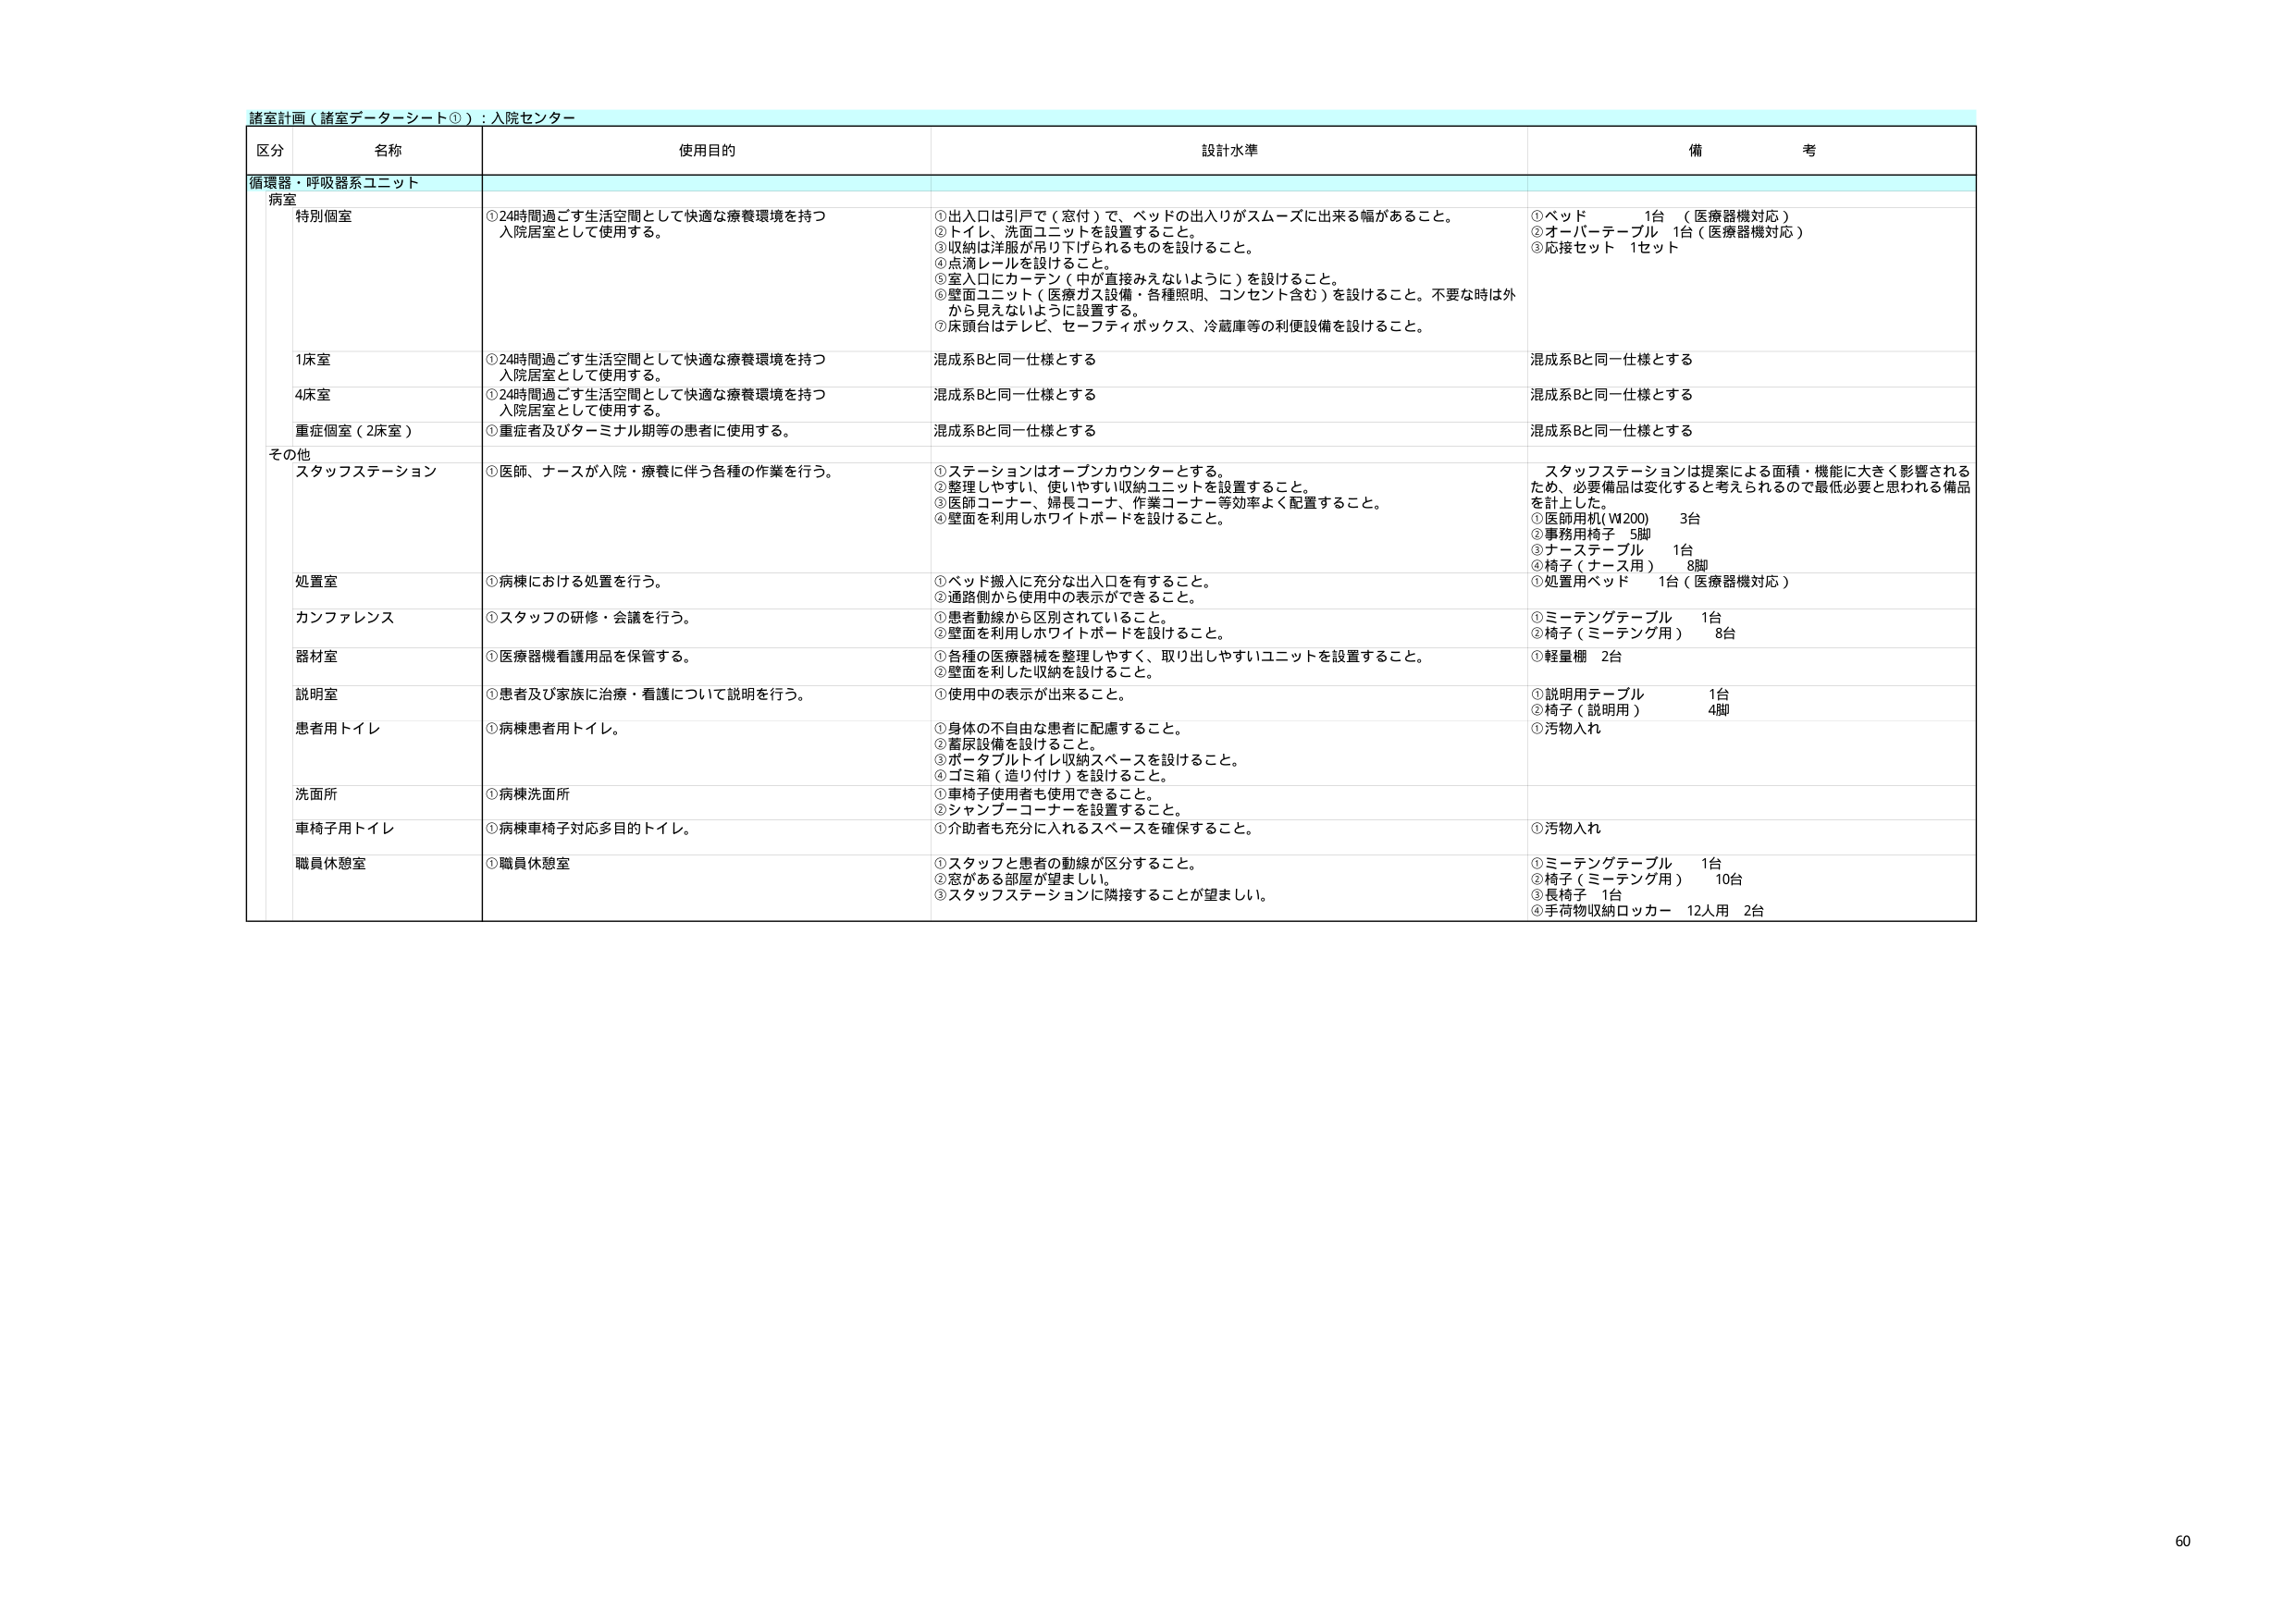
諸室計画（諸室データシート①）：入院センター

区分 名称 使用目的 設計水準 備考

循環器・呼吸器系ユニット

病室

特別個室 ①24時間過ごす生活空間として快適な療養環境を持つ入院居室として使用する。 ①出入口は引戸で（窓付）で、ベッドの出入りがスムーズに出来る幅があること。 ②トイレ、洗面ユニットを設置すること。 ③収納は洋服が吊り下げられるものを設けること。 ④点滴レールを設けること。 ⑤室入口にカーテン（中が直接みえないように）を設けること。 ⑥壁面ユニット（医療ガス設備・各種照明、コンセント含む）を設けること。不要な時は外から見えないように設置する。 ⑦床頭台はテレビ、セーフティボックス、冷蔵庫等の利便設備を設けること。 ①ベッド 1台 （医療器機対応） ②オーバーテーブル 1台（医療器機対応） ③応接セット 1セット

1床室 ①24時間過ごす生活空間として快適な療養環境を持つ入院居室として使用する。 混成系Bと同一仕様とする 混成系Bと同一仕様とする

4床室 ①24時間過ごす生活空間として快適な療養環境を持つ入院居室として使用する。 混成系Bと同一仕様とする 混成系Bと同一仕様とする

重症個室（2床室） ①重症者及びターミナル期等の患者に使用する。 混成系Bと同一仕様とする 混成系Bと同一仕様とする

その他

スタッフステーション ①医師、ナースが入院・療養に伴う各種の作業を行う。 ①ステーションはオープンカウンターとする。 ②整理しやすい、使いやすい収納ユニットを設置すること。 ③医師コーナー、婦長コーナー、作業コーナー等効率よく配置すること。 ④壁面を利用しホワイトボードを設けること。 スタッフステーションは提案による面積・機能に大きく影響されるため、必要備品は変化すると考えられるので最低必要と思われる備品を計上した。 ①医師用机（W200） 3台 ②事務用椅子 5脚 ③ナーステーブル 1台 ④椅子（ナース用） 8脚 ⑤処置用ベッド 1台（医療器機対応）

処置室 ①病棟における処置を行う。 ①ベッド搬入に充分な出入口を有すること。 ②通路側から使用中の表示ができること。

カンファレンス ①スタッフの研修・会議を行う。 ①患者動線から区別されていること。 ②壁面を利用しホワイトボードを設けること。 ①ミーティングテーブル 1台 ②椅子（ミーティング用） 8台

器材室 ①医療器機看護用品を保管する。 ①各種の医療器機を整理しやすく、取り出しやすいユニットを設置すること。 ②壁面を利用した収納を設けること。 ①軽量棚 2台

説明室 ①患者及び家族に治療・看護について説明を行う。 ①使用中の表示が出来ること。 ①説明用テーブル 1台 ②椅子（説明用） 4脚

患者用トイレ ①病棟患者用トイレ。 ①身体の不自由な患者に配慮すること。 ②蓄尿設備を設けること。 ③ポータブルトイレ収納スペースを設けること。 ④ゴミ箱（造り付け）を設けること。 ①汚物入れ

洗面所 ①病棟洗面所 ①車椅子使用者も使用できること。 ②シャンプーコーナーを設置すること。

車椅子用トイレ ①病棟車椅子対応多目的トイレ。 ①介助者も充分に入れるスペースを確保すること。 ①汚物入れ

職員休憩室 ①職員休憩室 ①スタッフと患者の動線が区分すること。 ②窓がある部屋が望ましい。 ③スタッフステーションに隣接することが望ましい。 ①ミーティングテーブル 1台 ②椅子（ミーティング用） 10台 ③長椅子 1台 ④手荷物収納ロッカー 12人用 2台

60